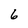
Character: 6